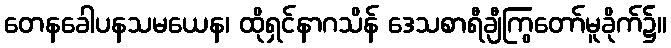
တေနခေါပနသမယေန၊ ထိုရှင်နာဂသိန် ဒေသစာရီချီကြွတော်မူခိုက်၌။